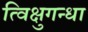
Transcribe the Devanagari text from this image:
त्विक्षुगन्धा